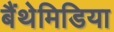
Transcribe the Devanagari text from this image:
बैंथेमिडिया